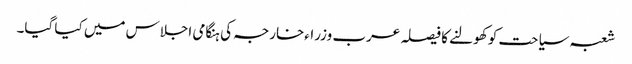
شعبہ سیاحت کو کھولنے کا فیصلہ عرب وزراءخارجہ کی ہنگامی اجلاس میں کیا گیا۔